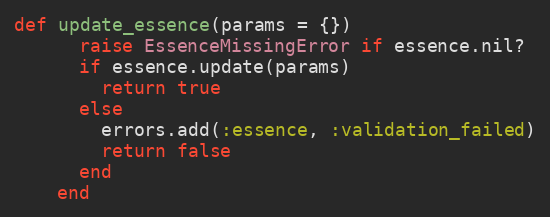
Language: Ruby
def update_essence(params = {})
      raise EssenceMissingError if essence.nil?
      if essence.update(params)
        return true
      else
        errors.add(:essence, :validation_failed)
        return false
      end
    end